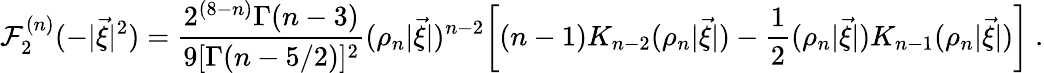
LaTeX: {\cal F}_{2}^{(n)}(-|\vec{\xi}|^{2})=\frac{2^{(8-n)}\Gamma(n-3)}{9[\Gamma(n-5/2)]^{2}}(\rho_{n}|\vec{\xi}|)^{n-2}\bigg[(n-1)K_{n-2}(\rho_{n}|\vec{\xi}|)-{\frac{1}{2}}(\rho_{n}|\vec{\xi}|)K_{n-1}(\rho_{n}|\vec{\xi}|)\bigg]~.